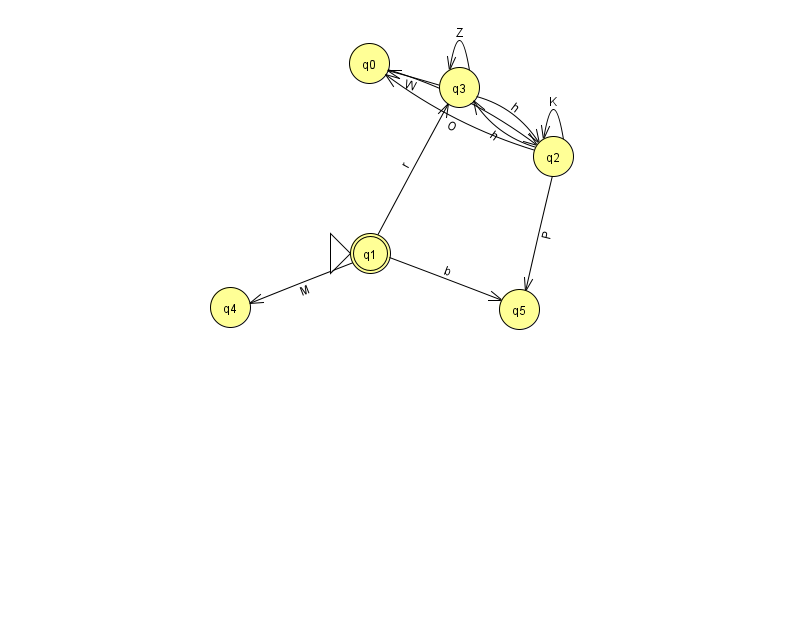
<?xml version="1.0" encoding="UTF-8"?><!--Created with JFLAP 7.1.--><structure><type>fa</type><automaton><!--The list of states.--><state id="0" name="q0"><x>369.0</x><y>50.0</y></state><state id="1" name="q1"><x>370.0</x><y>240.0</y><initial/><final/></state><state id="2" name="q2"><x>553.0</x><y>143.0</y></state><state id="3" name="q3"><x>459.0</x><y>74.0</y></state><state id="4" name="q4"><x>230.0</x><y>294.0</y></state><state id="5" name="q5"><x>519.0</x><y>296.0</y></state><!--The list of transitions.--><transition><from>1</from><to>3</to><read>r</read></transition><transition><from>3</from><to>0</to><read>W</read></transition><transition><from>1</from><to>4</to><read>M</read></transition><transition><from>1</from><to>5</to><read>b</read></transition><transition><from>2</from><to>5</to><read>P</read></transition><transition><from>3</from><to>3</to><read>Z</read></transition><transition><from>2</from><to>0</to><read>O</read></transition><transition><from>2</from><to>2</to><read>K</read></transition><transition><from>2</from><to>3</to><read>h</read></transition><transition><from>3</from><to>2</to><read>h</read></transition><transition><from>0</from><to>2</to><read>K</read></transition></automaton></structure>